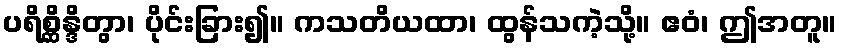
ပရိစ္ဆိန္ဒိတွာ၊ ပိုင်းခြား၍။ ကသတိယထာ၊ ထွန်သကဲ့သို့။ ဧဝံ၊ ဤအတူ။